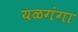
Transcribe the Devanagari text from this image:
यळगंगा